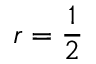
r = { \frac { 1 } { 2 } }